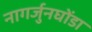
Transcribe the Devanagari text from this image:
नागर्जुनघोंडा